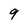
Character: 9